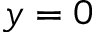
y = 0